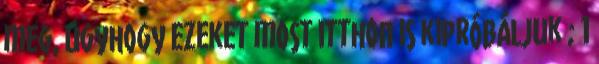
meg, úgyhogy ezeket most itthon is kipróbáljuk ; 1